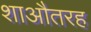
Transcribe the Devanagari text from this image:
शाऔतरह